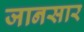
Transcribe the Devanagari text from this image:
जानसार